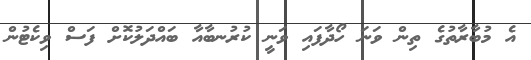
އެ މުބާރާތުގެ ތިން ވަނަ ހޯދާފައި ވަނީ ކުރުނބާއާ ބައްދަލުކޮށް ފަސް ވިކެޓުން